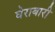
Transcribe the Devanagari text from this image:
घेराबारी